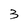
Character: 3